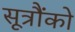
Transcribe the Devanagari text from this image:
सूत्रौंको